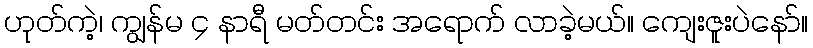
ဟုတ်ကဲ့၊ ကျွန်မ ၄ နာရီ မတ်တင်း အရောက် လာခဲ့မယ်။ ကျေးဇူးပဲနော်။